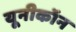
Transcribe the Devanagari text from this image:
यूनीकॉन